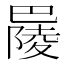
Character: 𢁋